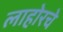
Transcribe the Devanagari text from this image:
लाहोरचे